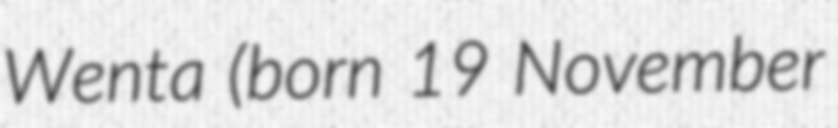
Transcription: Wenta (born 19 November